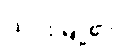
ယင်းမြို့၏